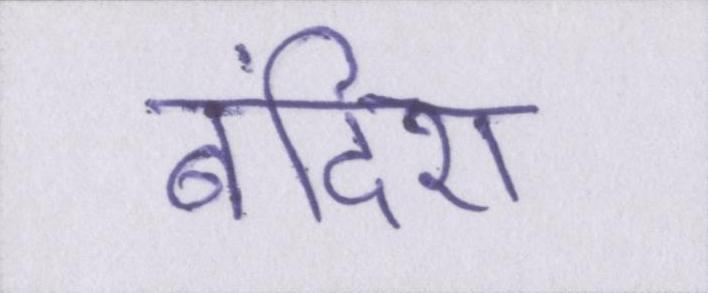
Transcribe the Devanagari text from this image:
बंदिश